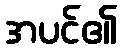
အပင်၏